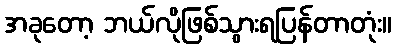
အခုတော့ ဘယ်လိုဖြစ်သွားရပြန်တာတုံး။